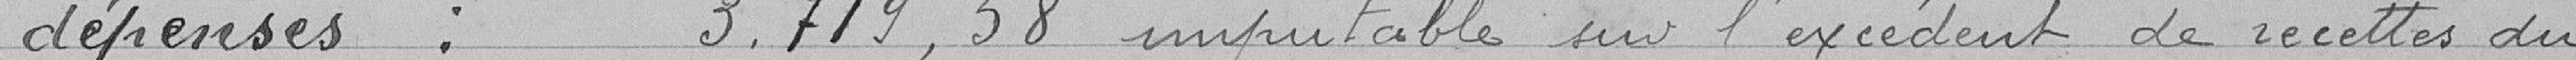
dépenses : 3.719,58 imputable sur l'excédent de recettes du